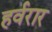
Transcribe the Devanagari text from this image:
हर्वरार